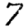
Digit: 7